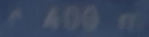
400m